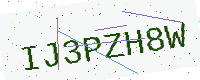
Text: IJ3PZH8W